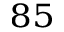
^ { 8 5 }